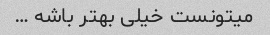
میتونست خیلی بهتر باشه …